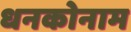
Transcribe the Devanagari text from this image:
धनकोनाम